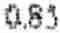
0.85